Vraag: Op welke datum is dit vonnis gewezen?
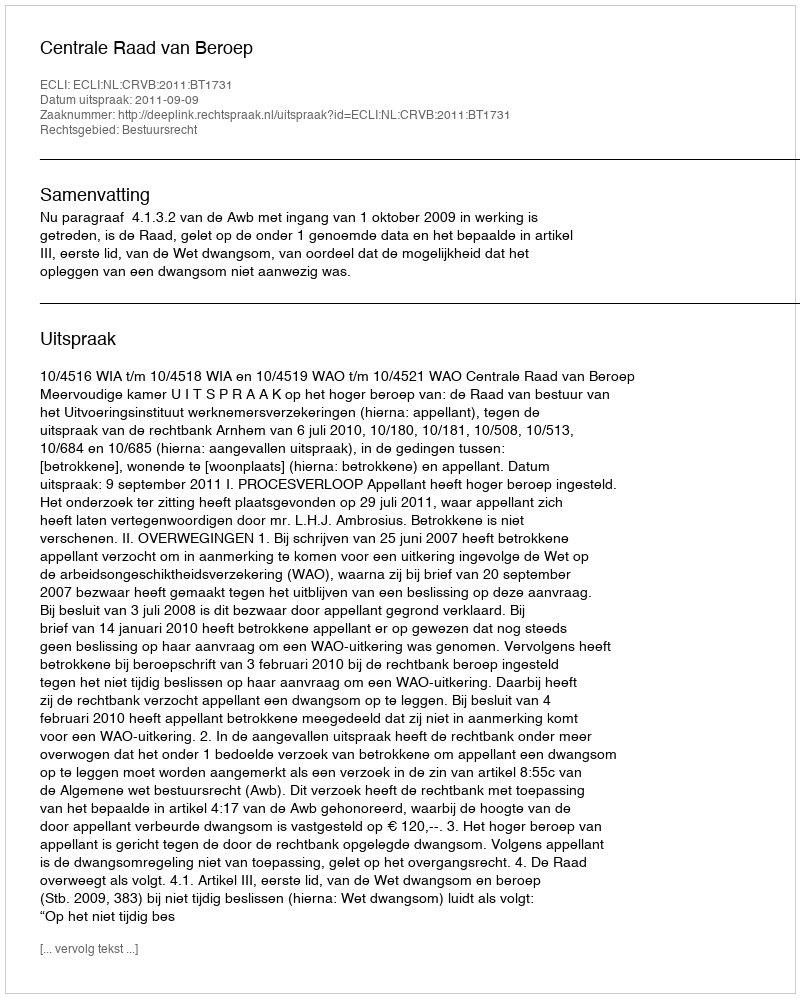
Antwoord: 2011-09-09